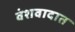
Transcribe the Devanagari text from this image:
वंशवादात